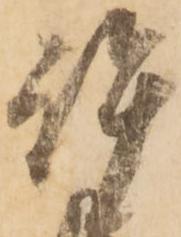
許